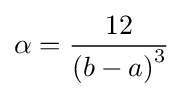
\alpha ={12 \over \left(b-a\right)^{3}}